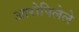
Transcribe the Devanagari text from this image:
आरोपिलेले